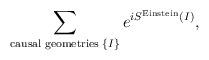
LaTeX: \begin{align*}\sum_{{\rm causal \; geometries}\;\{ I\} } e^{i S^{\rm Einstein}(I)},\end{align*}